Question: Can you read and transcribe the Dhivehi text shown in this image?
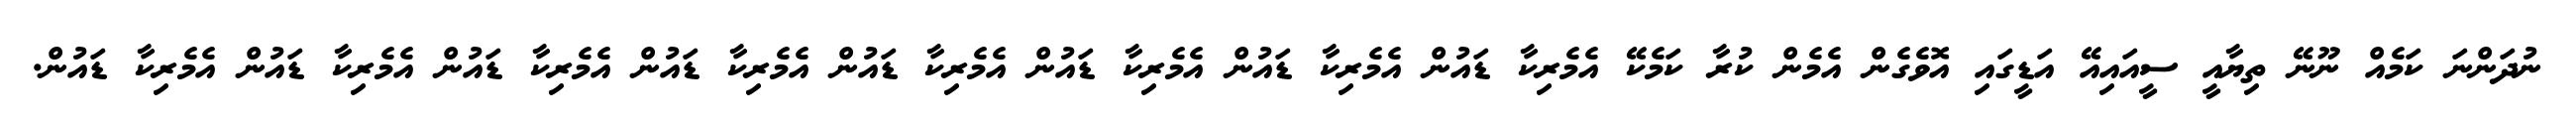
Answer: ނުދަންނަ ކަމެއް ނޫނޭ ތިޔާއީ ސީއައިއޭ އަޑީގައި އޮވެގެން އެމެން ކުރާ ކަމެކޭ އެމެރިކާ ޑައުން އެމެރިކާ ޑައުން އެމެރިކާ ޑައުން އެމެރިކާ ޑައުން އެމެރިކާ ޑައުން އެމެރިކާ ޑައުން އެމެރިކާ ޑައުން އެމެރިކާ ޑައުން.